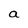
Character: a